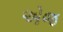
એજ